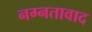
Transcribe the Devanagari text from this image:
नग्नतावाद